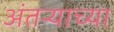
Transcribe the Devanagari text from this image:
अंतऱ्याच्या